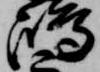
嶋